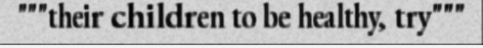
"""their children to be healthy, try"""